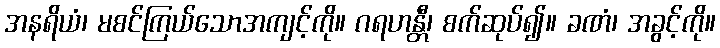
အနရိယံ၊ မစင်ကြယ်သောအကျင့်ကို။ ဂရဟန္တီ၊ စက်ဆုပ်၍။ ခဏံ၊ အခွင့်ကို။